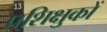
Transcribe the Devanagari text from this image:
प्रशिक्षुकों